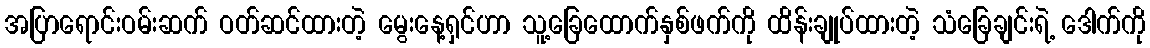
အပြာရောင်းဝမ်းဆက် ဝတ်ဆင်ထားတဲ့ မွေးနေ့ရှင်ဟာ သူ့ခြေထောက်နှစ်ဖက်ကို ထိန်းချုပ်ထားတဲ့ သံခြေချင်းရဲ့ ဒေါက်ကို